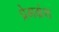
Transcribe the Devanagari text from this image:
प्रेमग्रंथ